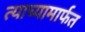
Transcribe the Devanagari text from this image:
त्याच्यामार्फत